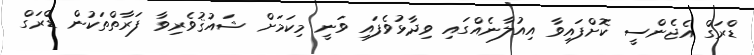
ޑްރަގް އެޖެންސީ ކޮށްފައިވާ އިއުލާނެއްގައި ވިދާޅުވެފައި ވަނީ މިކަމަށް ޝައުޤުވެރިވާ ފަރާތްތަކުން ޑްރަގް